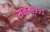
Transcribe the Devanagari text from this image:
सनम१९९५